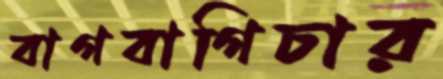
বাগবাগিচার